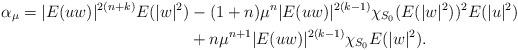
LaTeX: \begin{align*}\alpha_{\mu}=|E(uw)|^{2(n+k)}E(|w|^2)&-(1+n)\mu^n|E(uw)|^{2(k-1)}\chi_{S_0}(E(|w|^2))^2E(|u|^2)\\&+n\mu^{n+1}|E(uw)|^{2(k-1)}\chi_{S_0}E(|w|^2).\end{align*}